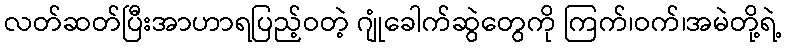
လတ်ဆတ်ပြီးအာဟာရပြည့်ဝတဲ့ ဂျုံခေါက်ဆွဲတွေကို ကြက်၊ဝက်၊အမဲတို့ရဲ့